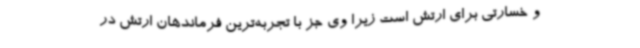
و خسارتی برای ارتش است زیرا وی جز با تجربه‌ترین فرماندهان ارتش در